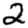
Digit: 2